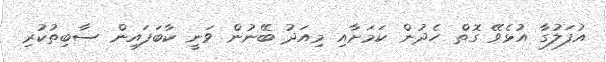
އުފަލުގާ އުޅެވޭ ގޮތް ހެދުން ކަމަށާއި މިއަދު ބޭނުން ވަނީ ކާބަފައިން ސާބިތުކުރި